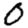
Digit: 0